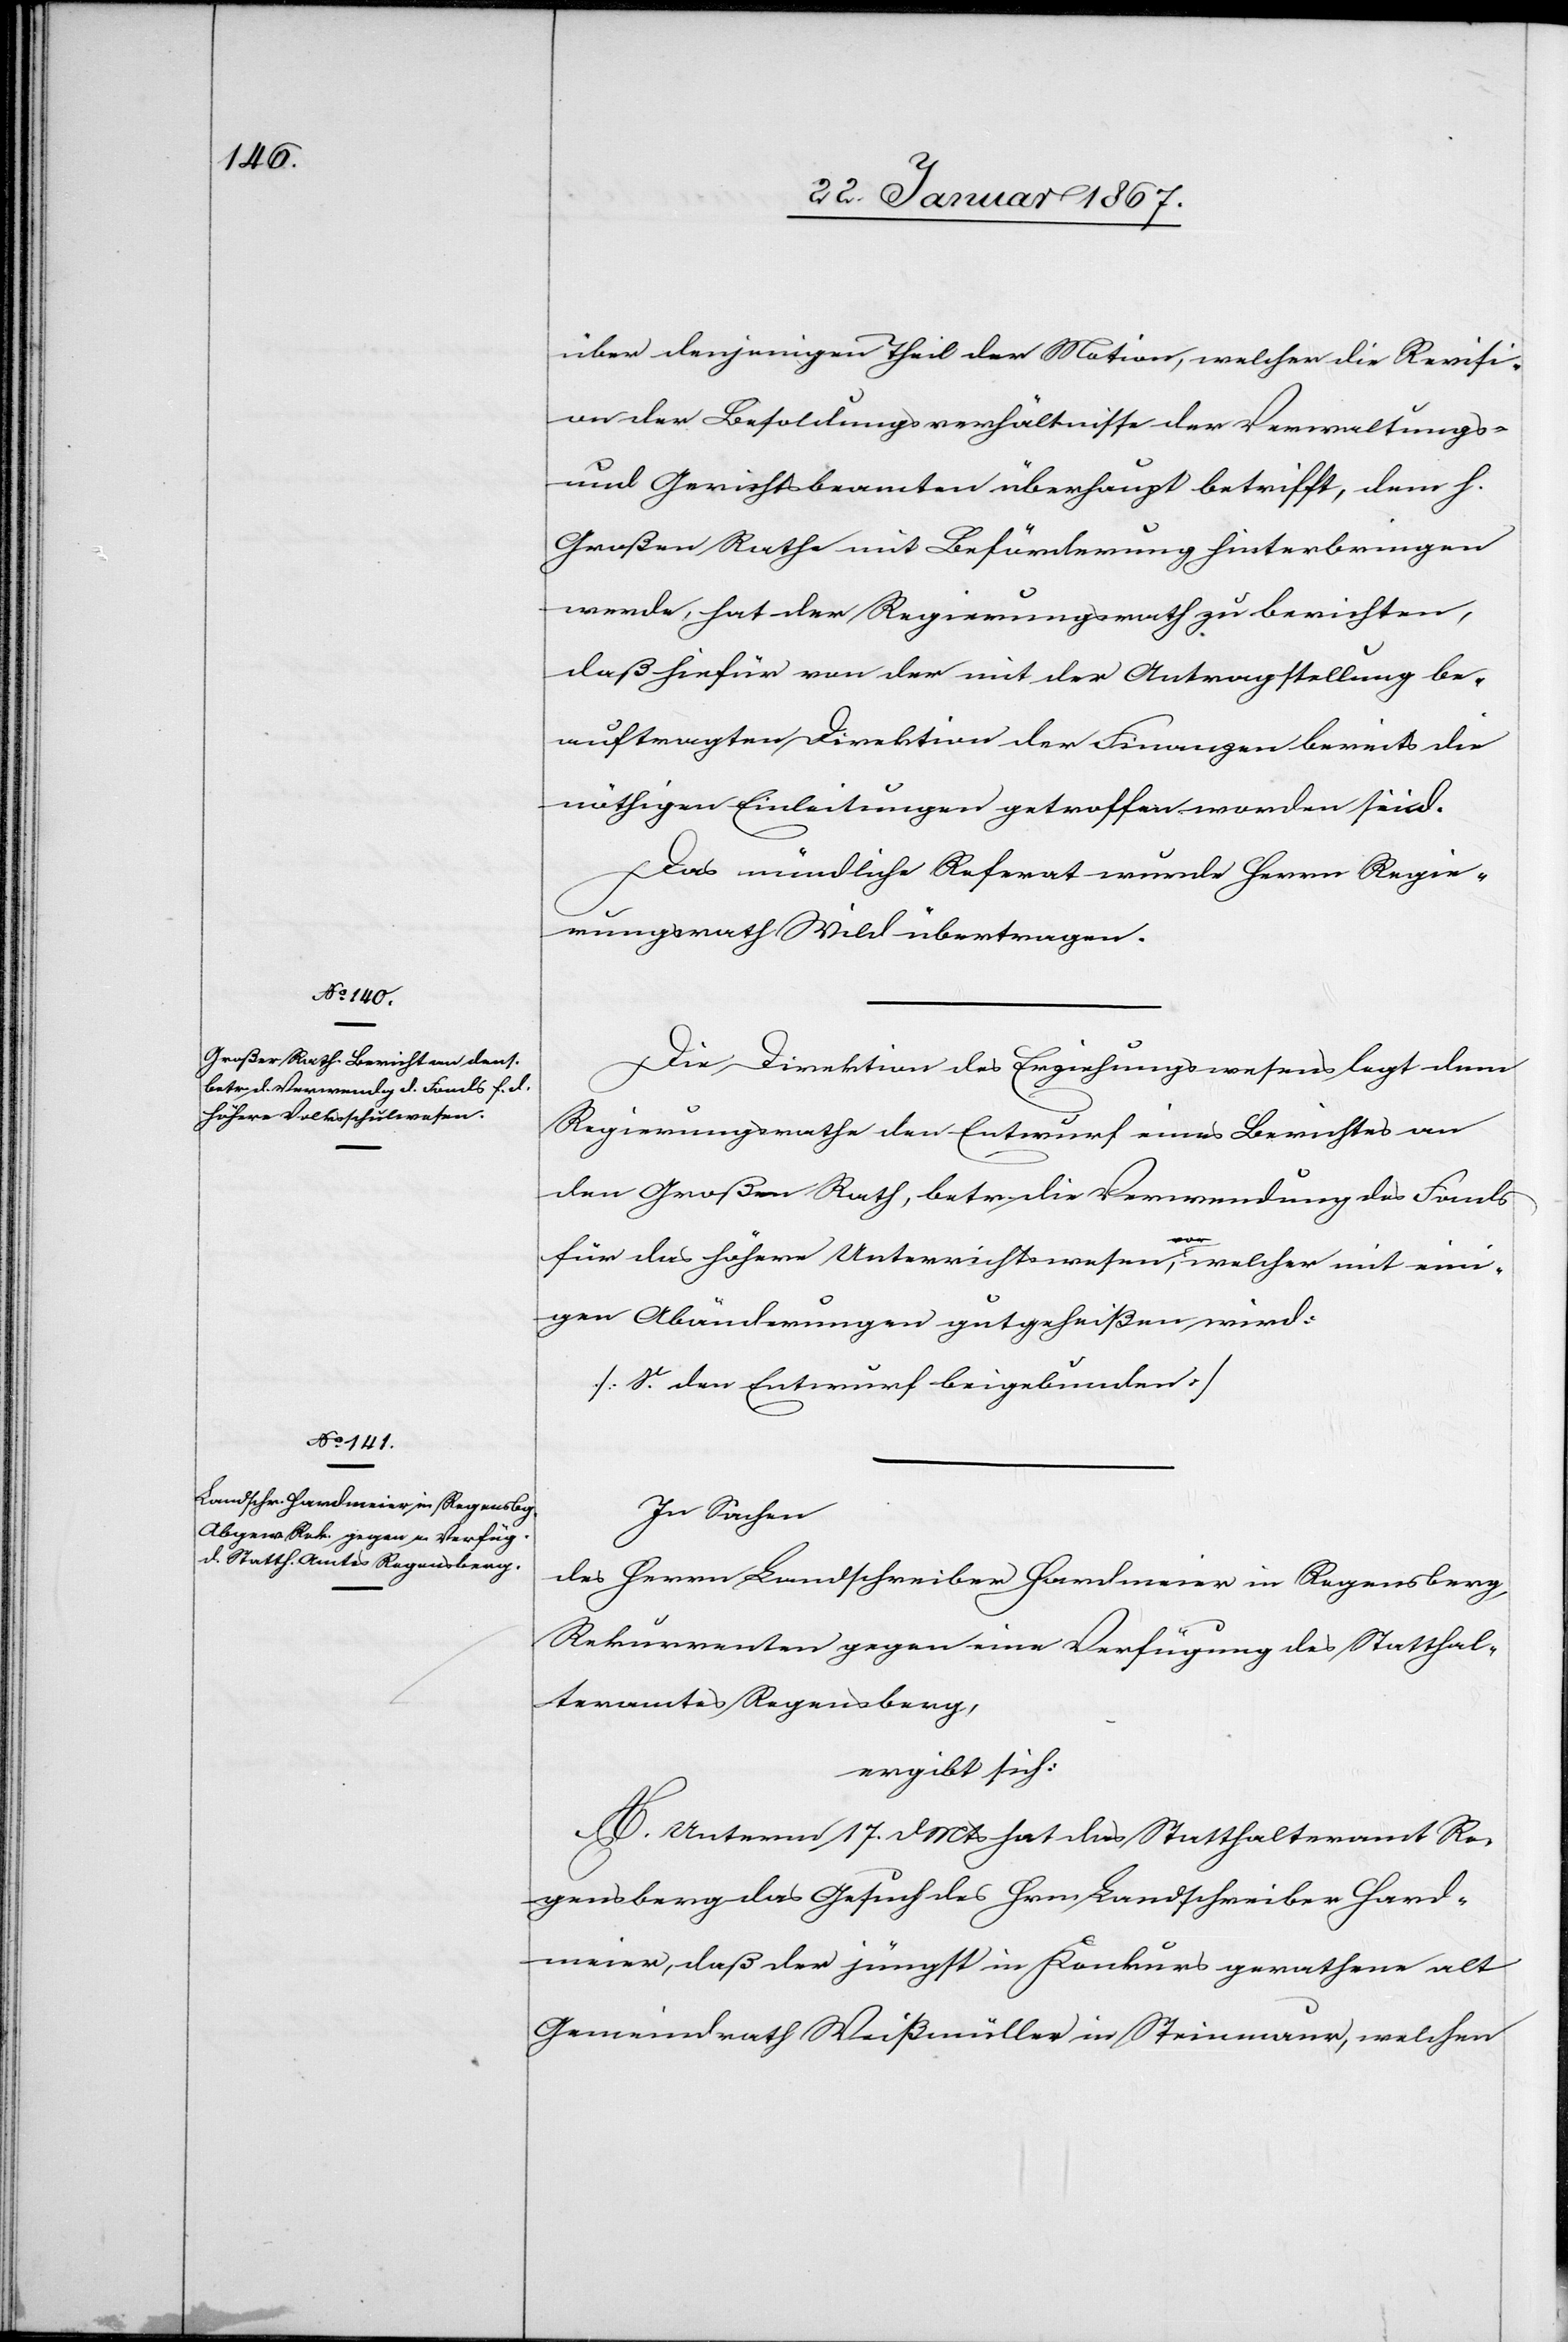
über denjenigen Theil der Motion, welcher die Revisi¬
on der Besoldungsverhältnisse der Verwaltungs-
und Gerichtsbeamten überhaupt betrifft, dem h.
Großen Rathe mit Beförderung hinterbringen
daß hiefür von der mit der Antragstellung be¬
auftragten Direktion der Finanzen bereits die
nöthigen Einleitungen getroffen worden sind.
Das mündliche Referat wurde Herrn Regie¬
rungsrath Wild übertragen.
Die Direktion des Erziehungswesens legt dem
Regierungsrathe den Entwurf eines Berichtes an
den Großen Rath, betr. die Verwendung des Fonds
für das höhere Unterrichtswesen vor, welcher mit eini¬
gen Abänderungen gutgeheißen wird:
(S. den Entwurf beigebunden)
In Sachen
des Herrn Landschreiber Hardmeier in Regensberg,
Rekurrenten gegen eine Verfügung des Statthal¬
teramtes Regensberg,
ergibt sich:
A. Unterm 17. d. Mts hat das Statthalteramt Re¬
gensberg das Gesuch des Hrn. Landschreiber Hard¬
meier, daß der jüngst in Konkurs gerathene alt
Gemeindrath Weißmüller in Steinmaur, welchen